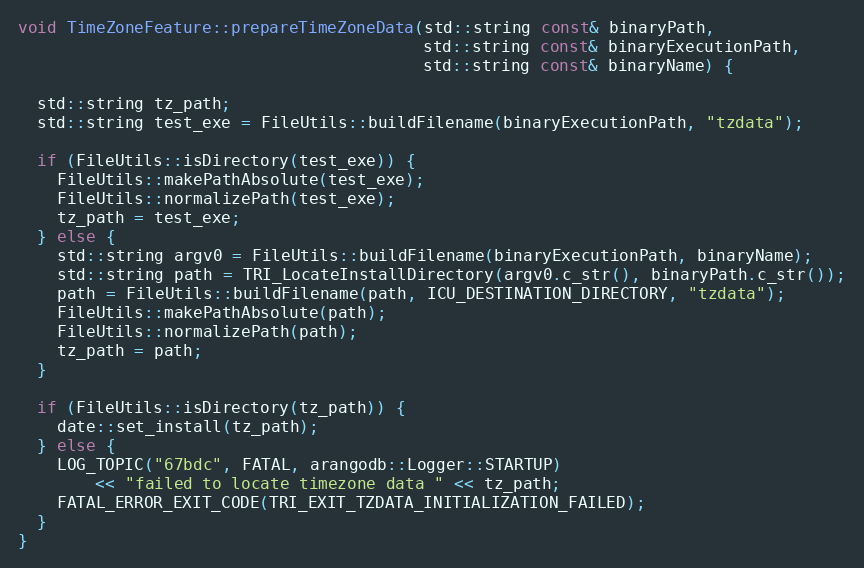
Language: C++
void TimeZoneFeature::prepareTimeZoneData(std::string const& binaryPath,
                                          std::string const& binaryExecutionPath,
                                          std::string const& binaryName) {

  std::string tz_path;
  std::string test_exe = FileUtils::buildFilename(binaryExecutionPath, "tzdata");

  if (FileUtils::isDirectory(test_exe)) {
    FileUtils::makePathAbsolute(test_exe);
    FileUtils::normalizePath(test_exe);
    tz_path = test_exe;
  } else {
    std::string argv0 = FileUtils::buildFilename(binaryExecutionPath, binaryName);
    std::string path = TRI_LocateInstallDirectory(argv0.c_str(), binaryPath.c_str());
    path = FileUtils::buildFilename(path, ICU_DESTINATION_DIRECTORY, "tzdata");
    FileUtils::makePathAbsolute(path);
    FileUtils::normalizePath(path);
    tz_path = path;
  }

  if (FileUtils::isDirectory(tz_path)) {
    date::set_install(tz_path);
  } else {
    LOG_TOPIC("67bdc", FATAL, arangodb::Logger::STARTUP)
        << "failed to locate timezone data " << tz_path;
    FATAL_ERROR_EXIT_CODE(TRI_EXIT_TZDATA_INITIALIZATION_FAILED);
  }
}